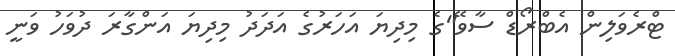
ޓްރެވަލިން އެބްރޯޑް ސާވޭ"ގެ މިދިޔަ އަހަރުގެ އަދަދު މިދިޔަ އަންގާރަ ދުވަހު ވަނީ